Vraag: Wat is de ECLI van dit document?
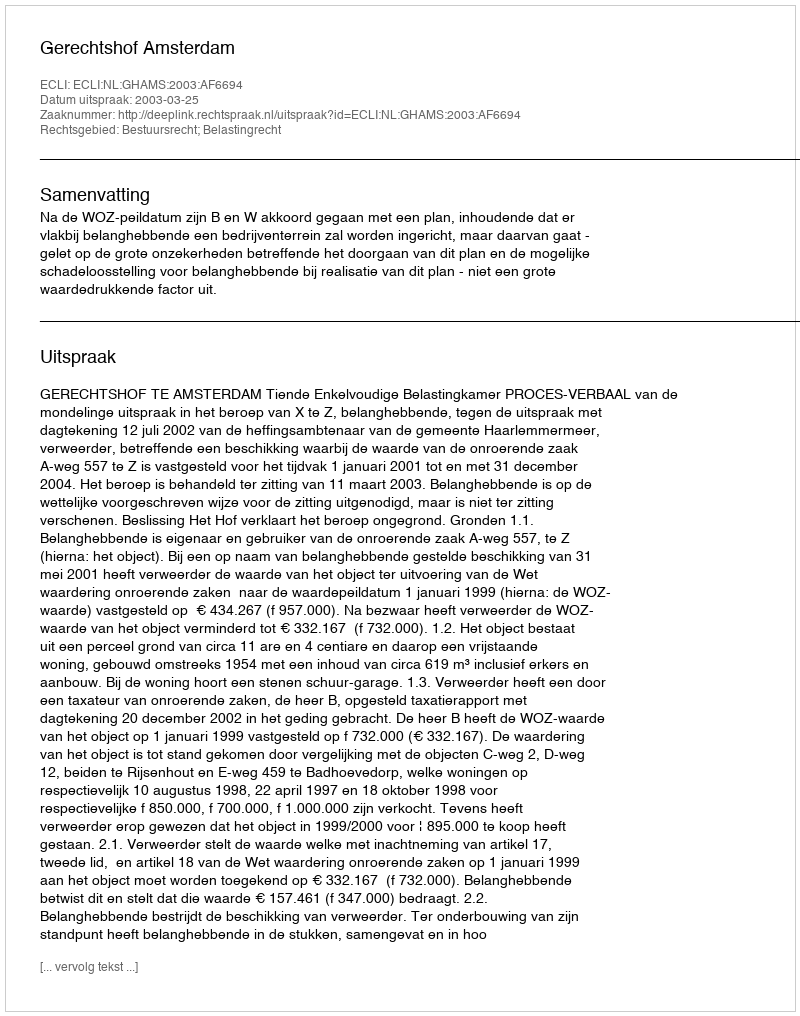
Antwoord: ECLI:NL:GHAMS:2003:AF6694